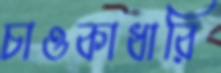
চাওকাধারি